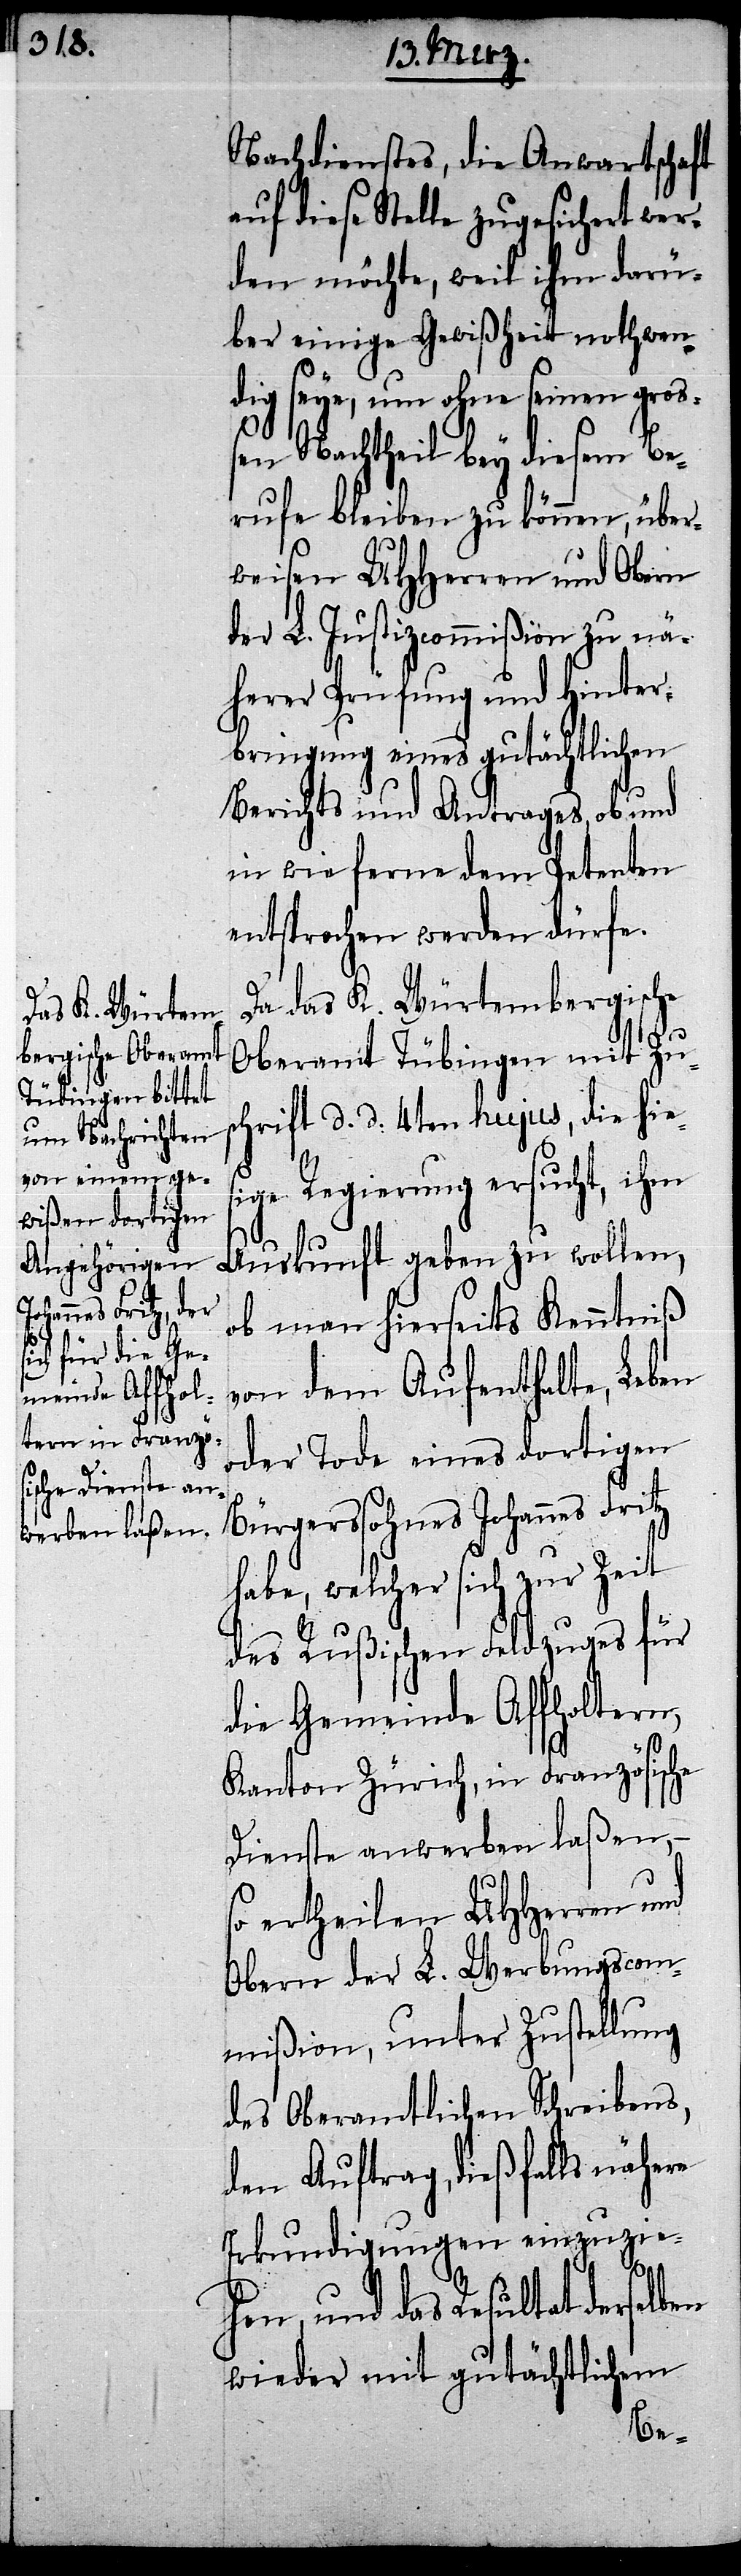
Nachdienstes, die Anwartschaft
auf diese Stelle zugesichert wer¬
den möchte, weil ihm darü¬
ber einige Gewißheit nothwen¬
dig seye, um ohne seinen groß¬
en Nachtheil bey diesem Be¬
rufe bleiben zu können, über¬
weisen UHHerren und Obern
der L. Justizcommißion zu nä¬
herer Prüfung und Hinter¬
bringung eines gutächtlichen
Berichts und Antrages, ob und
in wie ferne dem Petenten
entsprochen werden dürfe.
Da das K. Würtembergische
Oberamt Tübingen mit Zus¬
chrift d. d. 4ten hujus, die hies¬
ige Regierung ersucht, ihm
ob man hierseits Kenntniß
von dem Aufenthalte, Leben
oder Tode eines dortigen
Bürgerssohnes Johannes Fritz
habe, welcher sich zur Zeit
des Rußischen Feldzuges für
die Gemeinde Affholtern,
Kanton Zürich, in Französische
Dienste anwerben laßen,
ertheilen UHHerren und
Obern der L. Werbungscom¬
mißion, unter Zustellung
des Oberamtlichen Schreibens,
den Auftrag, dießfalls nähere
Erkundigungen einzuzie¬
hen, und das Resultat derselben
wieder mit gutächtlichem